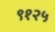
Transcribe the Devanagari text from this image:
९१२५